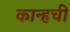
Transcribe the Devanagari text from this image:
कान्हची